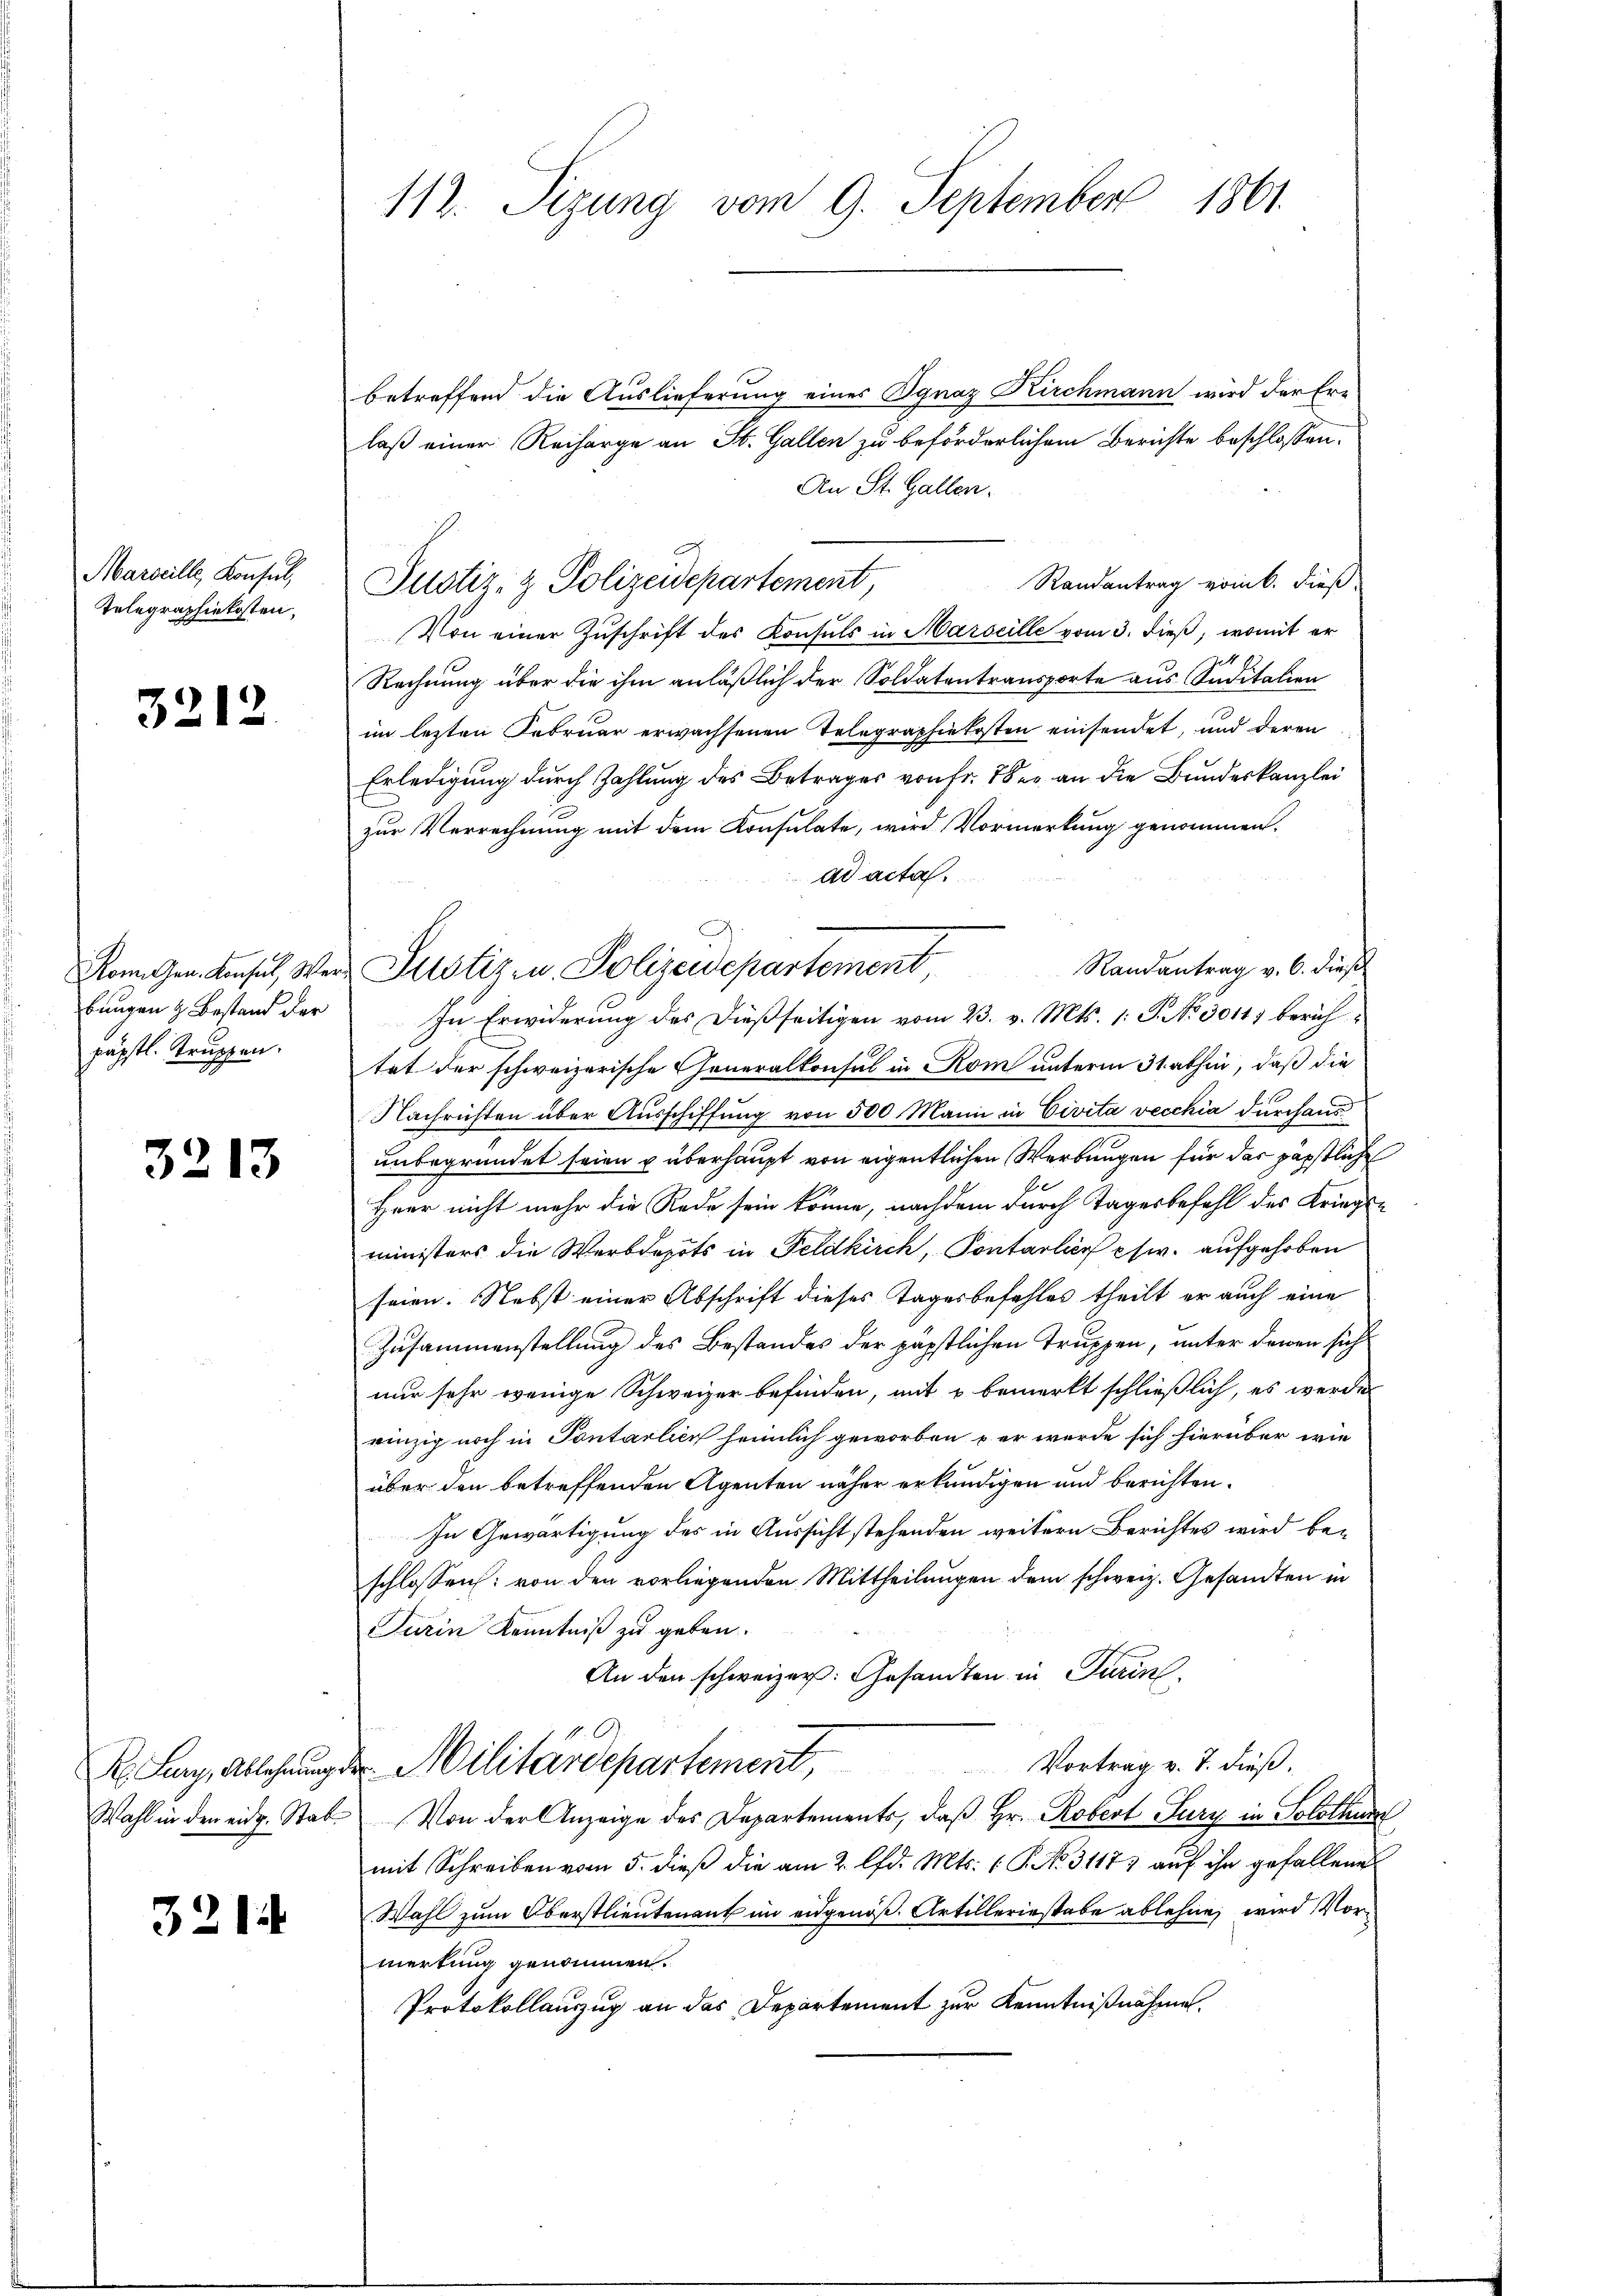
Telegraphiekosten,

3212

päpstl. Truppen.

3213

3214

betreffend die Auslieferung eines Ignaz Kirchmann wird der Erlaß einer Recharge an St. Gallen zu beförderlichem Berichte beschlossen:
An St. Gallen.
Randantrag vom 6. dieß
Von einer Zuschrift des Konsuls in Marseille vom 3. dieß, womit er
Rechnung über die ihm anläßlich der Soldatentransporte aus Suditation
im lezten Februar erwachsenen Telegraphiekosten einsendet, und deren
Erledigung durch Zahlung des Betrages von Fr. 78 er an die Bundeskanzlei
zur Verrechnung mit dem Konsulate, wird Vormerkung genommen.
ad acta.
Randantrag v. 6. dies
bungen & Bestand der In Erwiderung des dießseitigen vom 23. v. Mts. 1. P. No 3011) berichtet der schweizerische Generalkonsul in Rom unterm 31. abhin, daß die
Nachrichten über Ausschiffung von 500 Mann in Civita vecchia durchaus
unbegründet seien u überhaupt von eigentlichen Werbungen für das päpstliche
Heur nicht mehr die Rede sein könne, nachdem durch Tages befahl des Kriegen
ministers die Werbdepots in Feldkirch, Pontarlier es w. aufgehoben
seien. Nebst einer Abschrift dieses Tages befehles theilt er auch eine
Zusammenstellung des Bestandes der päpstlichen Truppen, unter denen sich
nur sehr wenige Schweizer befinden, mit u bemerkt schließlich, es werde
einzig noch in Pontalien heimlich geworben – er werde sich hierüber wie
über den betreffenden Agenten näher erkundigen und berichten.
In Gewärtigung des in Aussicht stehenden weitern Berichtes wird beschlossen: von den vorliegenden Mittheilungen dem schweiz. Gesandten in
Turin Kenntniß zu geben.
An den schweizer: Gesandten in Turin
14.
Vortrag v. 7. dieß,
K. Lang, Ablehnung der Militärdepartement,
Wahl in den eidg. Stab. Von der Anzeige des Departements, daβ hr. Robert Jury in Solothur
mit Schreiben vom 5. dieß die am 2. lfd. Mts. (T. No. 31177 auf ihn gefallenes
Wahl zum Oberstlieutenant im eidgenöß. Artilleriestabe ablehne, wird Vormertung genommen.
Protokollauszug an das Departement zur Kenntnißnahme.

112. Sizung vom 9. September 1861.

Marseille, Konsul, Justiz- & Polizeidepartement,

Rom. Gen. Konsul, Wer Pustiz u. Polizeidepartement,